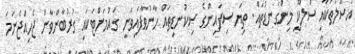
އުސޫލުތަކާއި ސުލޫކީ މިންގަނޑުތައް. ތިޔަ ސިފައިންގެ ސިކުނޑިތައް ހާނުވާފައިވަނީ ގައުމަށްޓަކައި ގުރުބާންވާން ޖެހިއްޖެނަމަ